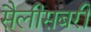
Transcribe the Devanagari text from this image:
सैलीसबरी